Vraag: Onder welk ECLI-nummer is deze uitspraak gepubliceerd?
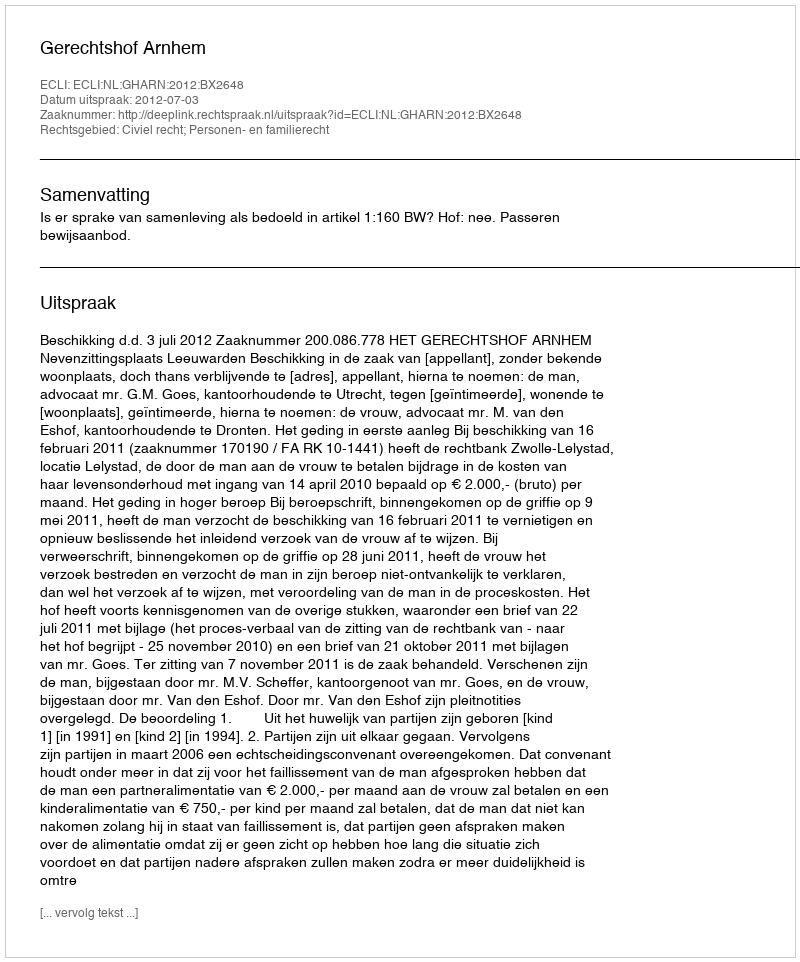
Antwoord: ECLI:NL:GHARN:2012:BX2648